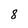
Character: 8